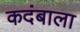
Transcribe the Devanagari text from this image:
कदंबाला